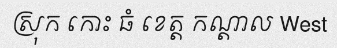
ស្រុក កោះ ធំ ខេត្ត កណ្តាល West